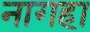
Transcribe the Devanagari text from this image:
नागहा